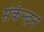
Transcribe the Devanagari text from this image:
संकेन्द्रन